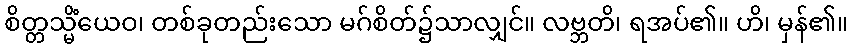
စိတ္တသ္မိံယေဝ၊ တစ်ခုတည်းသော မဂ်စိတ်၌သာလျှင်။ လဗ္ဘတိ၊ ရအပ်၏။ ဟိ၊ မှန်၏။